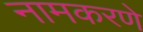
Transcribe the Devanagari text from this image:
नामकरणे